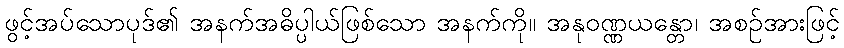
ဖွင့်အပ်သောပုဒ်၏ အနက်အဓိပ္ပါယ်ဖြစ်သော အနက်ကို။ အနုဝဏ္ဏယန္တော၊ အစဉ်အားဖြင့်